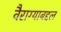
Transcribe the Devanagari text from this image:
वैराग्याबद्दल